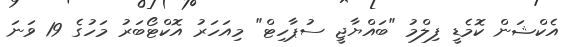
އެކްޝަން ކޮމެޑީ ފިލްމު "ބައްޔާޖީ ސުޕާހިޓް" މިއަހަރު އޮކްޓޯބަރު މަހުގެ 19 ވަނަ